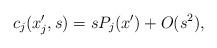
LaTeX: \begin{align*} c_j(x_j',s)=sP_j(x')+O(s^2),\end{align*}